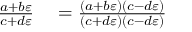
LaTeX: \begin{array} { r l } { { \frac { a + b \varepsilon } { c + d \varepsilon } } } & { { } = { \frac { ( a + b \varepsilon ) ( c - d \varepsilon ) } { ( c + d \varepsilon ) ( c - d \varepsilon ) } } } \end{array}